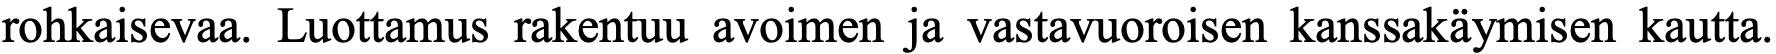
rohkaisevaa. Luottamus rakentuu avoimen ja vastavuoroisen kanssakäymisen kautta.